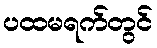
ပထမရက်တွင်